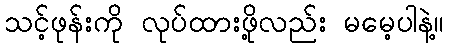
သင့်ဖုန်းကို လုပ်ထားဖို့လည်း မမေ့ပါနဲ့။